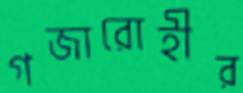
গজারোহীর